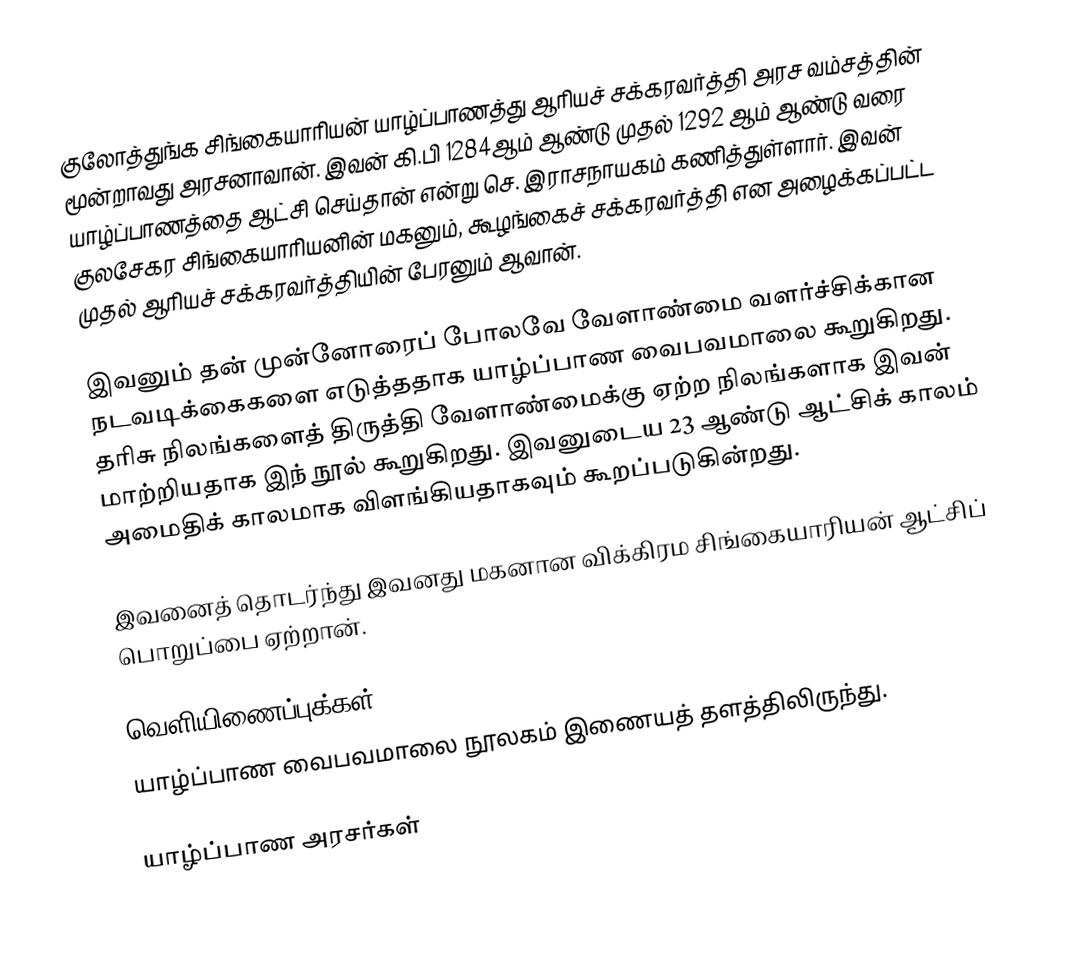
குலோத்துங்க சிங்கையாரியன் யாழ்ப்பாணத்து ஆரியச் சக்கரவர்த்தி அரச வம்சத்தின் மூன்றாவது அரசனாவான். இவன் கி.பி 1284ஆம் ஆண்டு முதல் 1292 ஆம் ஆண்டு வரை யாழ்ப்பாணத்தை ஆட்சி செய்தான் என்று செ. இராசநாயகம் கணித்துள்ளார். இவன் குலசேகர சிங்கையாரியனின் மகனும், கூழங்கைச் சக்கரவர்த்தி என அழைக்கப்பட்ட முதல் ஆரியச் சக்கரவர்த்தியின் பேரனும் ஆவான்.

இவனும் தன் முன்னோரைப் போலவே வேளாண்மை வளர்ச்சிக்கான நடவடிக்கைகளை எடுத்ததாக யாழ்ப்பாண வைபவமாலை கூறுகிறது. தரிசு நிலங்களைத் திருத்தி வேளாண்மைக்கு ஏற்ற நிலங்களாக இவன் மாற்றியதாக இந் நூல் கூறுகிறது. இவனுடைய 23 ஆண்டு ஆட்சிக் காலம் அமைதிக் காலமாக விளங்கியதாகவும் கூறப்படுகின்றது.

இவனைத் தொடர்ந்து இவனது மகனான விக்கிரம சிங்கையாரியன் ஆட்சிப் பொறுப்பை ஏற்றான்.

வெளியிணைப்புக்கள்
 யாழ்ப்பாண வைபவமாலை  நூலகம் இணையத் தளத்திலிருந்து.

 யாழ்ப்பாண அரசர்கள்